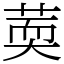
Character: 䓴